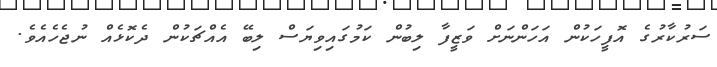
ސަރުކާރުގެ އޮފީހަކުން އަހަންނަށް ވަޒީފާ ލިބުން ކަމުގައިވިޔަސް ލިބޭ އެއްޗަކުން ދެކޮޅެއް ނުޖެހެއެވެ.